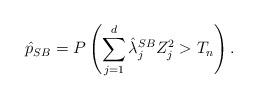
LaTeX: \begin{align*}\hat p_{SB} = P \left( \sum_{j=1}^{d} \hat \lambda_j^{SB} Z_j^2 > T_n\right).\end{align*}